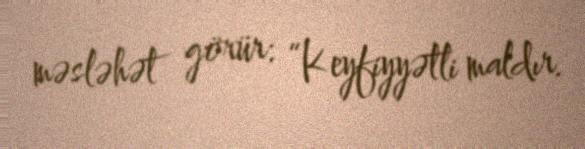
məsləhət görür: “Keyfiyyətli maldır.